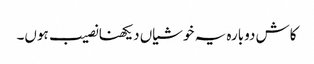
کاش دوبارہ یہ خوشیاں دیکھنا نصیب ہوں۔